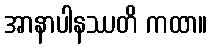
အာနာပါနဿတိ ကထာ။